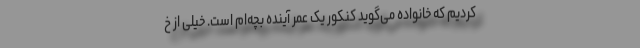
کردیم که خانواده می‌گوید کنکور یک عمر آینده بچه‌ام است. خیلی از خ